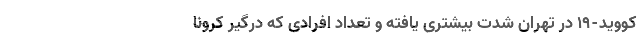
کووید-۱۹ در تهران شدت بیشتری یافته و تعداد افرادی که درگیر کرونا